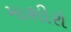
માશીરો